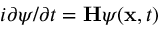
i \partial \psi / \partial t = \mathbf { H } \psi ( \mathbf { x } , t )